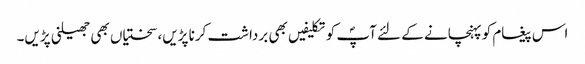
اس پیغام کو پہنچانے کے لئے آپؐ کو تکلیفیں بھی برداشت کرنا پڑیں، سختیاں بھی جھیلنی پڑیں۔